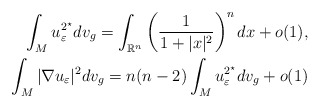
\begin{align*} \int_M u_\varepsilon^{2^\star} dv_g=\int_{\mathbb{R}^n}\left(\frac{1}{1+|x|^2}\right)^n dx +o(1),\\ \int_M |\nabla u_\varepsilon|^2 dv_g=n(n-2) \int_Mu_\varepsilon^{2^\star}dv_g + o(1) \end{align*}